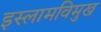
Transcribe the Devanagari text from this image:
इस्लामविमुख